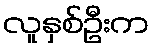
လူနှစ်ဦးက